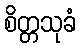
စိတ္တသုခံ